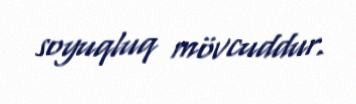
soyuqluq mövcuddur.